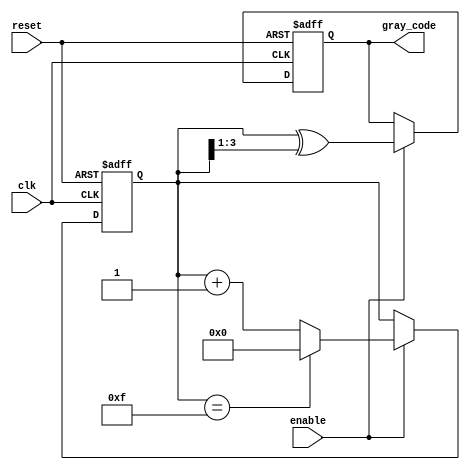
module gray_code_counter #(
    parameter N = 4 // Number of bits for the Gray code counter
)(
    input wire clk,      // Clock signal
    input wire enable,   // Enable signal
    input wire reset,    // Reset signal
    output reg [N-1:0] gray_code // Output Gray code
);
    
    reg [N-1:0] binary_counter; // Binary counter to determine current count
    
    // Function to convert binary to Gray code
    function [N-1:0] binary_to_gray;
        input [N-1:0] binary;
        binary_to_gray = binary ^ (binary >> 1);
    endfunction
    
    // Always block for synchronous reset and counting
    always @(posedge clk or posedge reset) begin
        if (reset) begin
            binary_counter <= 0; // Initialize counter to 0 on reset
            gray_code <= binary_to_gray(0); // Initialize Gray code output
        end
        else if (enable) begin
            // Increment binary counter
            binary_counter <= binary_counter + 1;
            
            // Check wrap around
            if (binary_counter == (1 << N) - 1) begin
                binary_counter <= 0; // Wrap around to 0
            end
            
            // Update Gray code output
            gray_code <= binary_to_gray(binary_counter);
        end
    end

endmodule